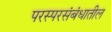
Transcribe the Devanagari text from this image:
परस्परसंबंधातील